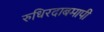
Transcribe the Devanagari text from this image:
रुधिरदाबमापी